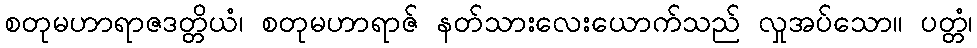
စတုမဟာရာဇဒတ္တိယံ၊ စတုမဟာရာဇ် နတ်သားလေးယောက်သည် လှုအပ်သော။ ပတ္တံ၊